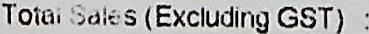
TOTAL SALES (EXCLUDING GST) :